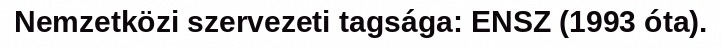
Nemzetközi szervezeti tagsága: ENSZ (1993 óta).